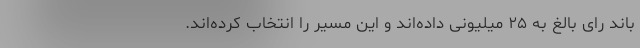
باند رای بالغ به ۲۵ میلیونی داده‌اند و این مسیر را انتخاب کرده‌اند.